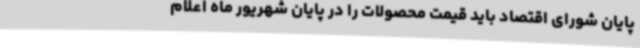
پایان شورای اقتصاد باید قیمت محصولات را در پایان شهریور ماه اعلام